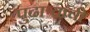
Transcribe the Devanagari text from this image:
पुढाऱ्यांची